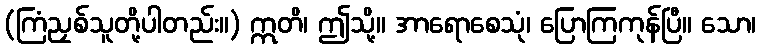
(ကြံညှစ်သူတို့ပါတည်း။) ဣတိ၊ ဤသို့။ အာရောစေသုံ၊ ပြောကြကုန်ပြီ။ သော၊